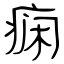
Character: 痫